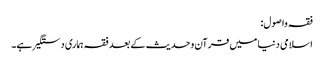
فقہ واصول:
اسلامی دنیا میں قرآن وحدیث کے بعد فقہ ہماری دستگیر ہے۔